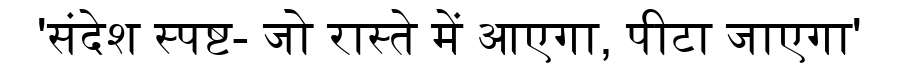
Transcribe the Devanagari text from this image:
'संदेश स्पष्ट- जो रास्ते में आएगा, पीटा जाएगा'